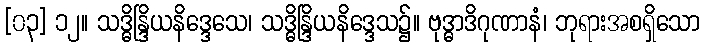
[၀၃] ၁၂။ သဒ္ဓိန္ဒြိယနိဒ္ဒေသေ၊ သဒ္ဓိန္ဒြိယနိဒ္ဒေသ၌။ ဗုဒ္ဓာဒိဂုဏာနံ၊ ဘုရားအစရှိသော